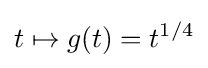
t\mapsto g(t)=t^{1/4}